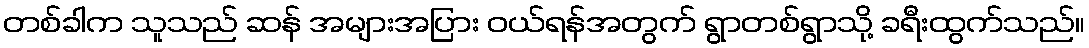
တစ်ခါက သူသည် ဆန် အများအပြား ဝယ်ရန်အတွက် ရွာတစ်ရွာသို့ ခရီးထွက်သည်။